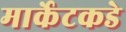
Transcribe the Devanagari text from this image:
मार्केटकडे